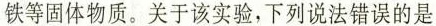
铁等固体物质。关于该实验，下列说法错误的是